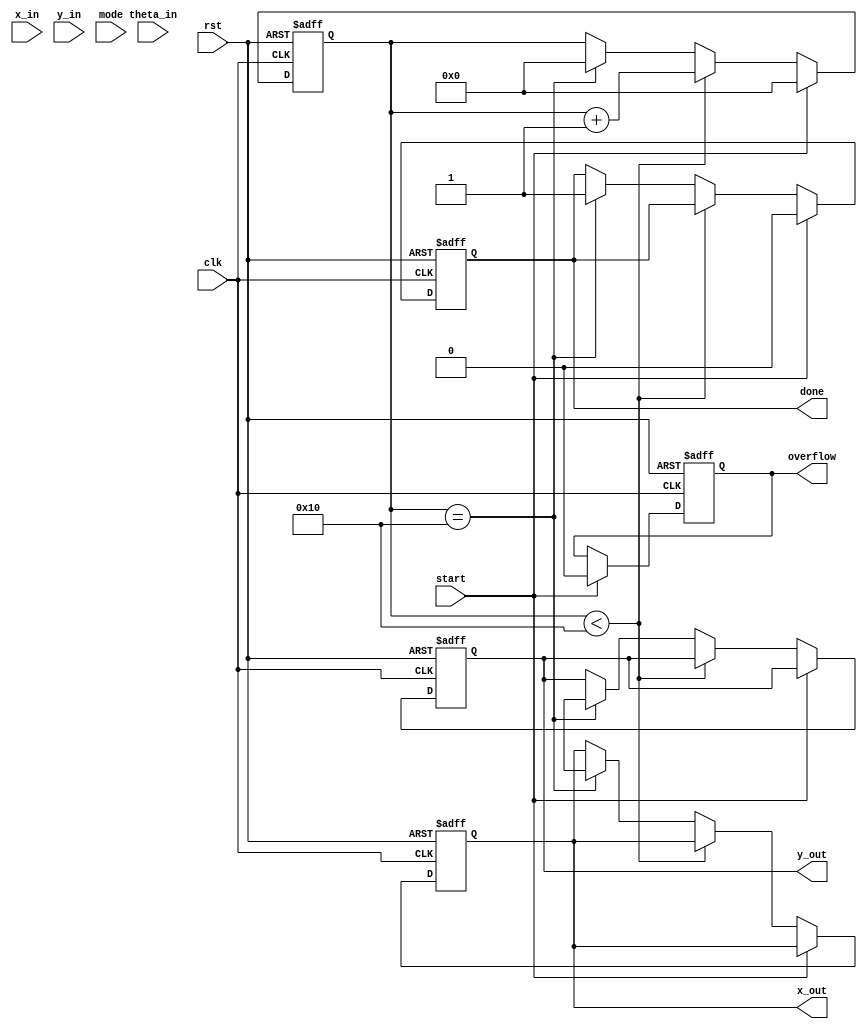
module cordic_unit #(
    parameter WIDTH = 16,            // Bit-width for fixed-point representation
    parameter ITERATIONS = 16,       // Number of iterations for the CORDIC algorithm
    parameter MODE_ROTATION = 0,     // Control for rotation mode
    parameter MODE_VECTORING = 1      // Control for vectoring mode
)(
    input wire clk,
    input wire rst,
    input wire [WIDTH-1:0] x_in,      // Input X vector
    input wire [WIDTH-1:0] y_in,      // Input Y vector
    input wire [WIDTH-1:0] theta_in,  // Input angle (in radians)
    input wire [1:0] mode,             // Operation mode (0: rotation, 1: vectoring)
    input wire start,                  // Start signal
    output reg [WIDTH-1:0] x_out,     // Output X vector
    output reg [WIDTH-1:0] y_out,     // Output Y vector
    output reg done,                   // Operation done signal
    output reg overflow                // Overflow signal
);

    // CORDIC constants
    reg [WIDTH-1:0] atan_table [0:ITERATIONS-1]; // Lookup table for arctangent values
    initial begin
        // Populate atan_table with precomputed values (in fixed-point)
        atan_table[0] = 16'h3C90; // atan(2^0)
        atan_table[1] = 16'h3A2D; // atan(2^-1)
        // ... Fill in the rest of the table
        atan_table[2] = 16'h385F; // atan(2^-2)
        atan_table[3] = 16'h3739; // atan(2^-3)
        // Continue filling in until ITERATIONS-1
    end

    reg [WIDTH-1:0] x [0:ITERATIONS-1]; // Pipeline registers for X
    reg [WIDTH-1:0] y [0:ITERATIONS-1]; // Pipeline registers for Y
    reg [WIDTH-1:0] theta [0:ITERATIONS-1]; // Pipeline registers for theta
    reg [4:0] iter; // Iteration counter

    always @(posedge clk or posedge rst) begin
        if (rst) begin
            iter <= 0;
            x_out <= 0;
            y_out <= 0;
            done <= 0;
            overflow <= 0;
        end else if (start) begin
            // Initialize input values
            x[0] <= x_in;
            y[0] <= y_in;
            theta[0] <= theta_in;
            iter <= 0;
            done <= 0;
            overflow <= 0;
        end else if (iter < ITERATIONS) begin
            // CORDIC Iteration
            if (mode == MODE_ROTATION) begin
                if (theta[iter] < 0) begin
                    x[iter+1] <= x[iter] + (y[iter] >> iter);
                    y[iter+1] <= y[iter] - (x[iter] >> iter);
                    theta[iter+1] <= theta[iter] + atan_table[iter];
                end else begin
                    x[iter+1] <= x[iter] - (y[iter] >> iter);
                    y[iter+1] <= y[iter] + (x[iter] >> iter);
                    theta[iter+1] <= theta[iter] - atan_table[iter];
                end
            end else if (mode == MODE_VECTORING) begin
                // Vectoring mode logic (compute angle and magnitude)
                // Similar structure as rotation mode but adjusted for vectoring
                // This part can be implemented accordingly
            end
            
            iter <= iter + 1;
        end else if (iter == ITERATIONS) begin
            x_out <= x[ITERATIONS];
            y_out <= y[ITERATIONS];
            done <= 1'b1;
            iter <= 0; // Reset for next operation
        end
    end
endmodule